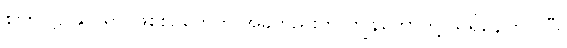
စကြဝဠာဆိုင်ရာ ဖြစ်စဉ်တွေကို အခုတည်းက ကျွန်တော်တို့ သိရှိနေကြပါပြီ။